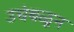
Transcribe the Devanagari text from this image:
उचंबळून